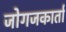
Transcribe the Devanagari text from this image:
जोगजकार्ता